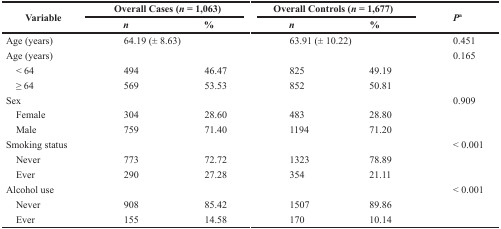
| <ROWSPAN=2> Variable | <COLSPAN=2> Overall Cases (n = 1,063) | <COLSPAN=2> Overall Controls (n = 1,677) | <ROWSPAN=2> Pa |
 | n | % | n | % |
 | --- | --- | --- | --- | --- | --- |
 | Age (years) | 64.19 (± 8.63) | 63.91 (± 10.22) | 0.451 |  |  |
 | Age (years) |  |  |  |  | 0.165 |
 | < 64 | 494 | 46.47 | 825 | 49.19 |  |
 | ≥ 64 | 569 | 53.53 | 852 | 50.81 |  |
 | Sex |  |  |  |  | 0.909 |
 | Female | 304 | 28.60 | 483 | 28.80 |  |
 | Male | 759 | 71.40 | 1194 | 71.20 |  |
 | Smoking status |  |  |  |  | < 0.001 |
 | Never | 773 | 72.72 | 1323 | 78.89 |  |
 | Ever | 290 | 27.28 | 354 | 21.11 |  |
 | Alcohol use |  |  |  |  | < 0.001 |
 | Never | 908 | 85.42 | 1507 | 89.86 |  |
 | Ever | 155 | 14.58 | 170 | 10.14 |  |